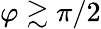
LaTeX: \varphi\gtrsim\pi/2